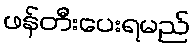
ဖန်တီးပေးရမည်